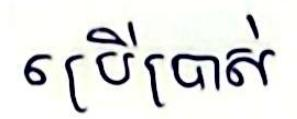
ប្រើប្រាស់